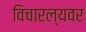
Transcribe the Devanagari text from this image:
विचारल्यवर